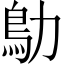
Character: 鳨